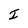
Character: I